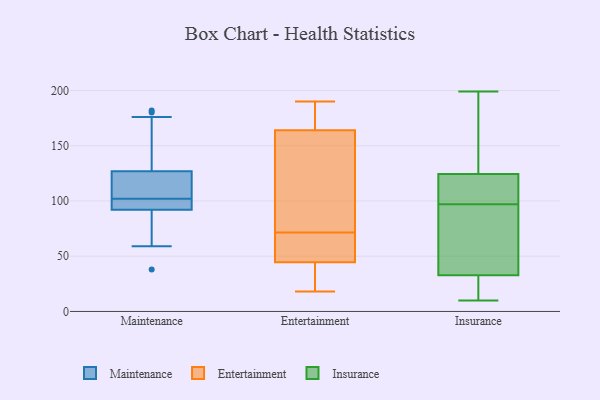
{"axis": {"x": "Churn Rate (%)", "y": "Value"}, "legend": ["Entertainment", "Insurance", "Maintenance"], "data": [{"x": "", "y": 96, "type": "Maintenance"}, {"x": "", "y": 180, "type": "Maintenance"}, {"x": "", "y": 100, "type": "Maintenance"}, {"x": "", "y": 121, "type": "Maintenance"}, {"x": "", "y": 113, "type": "Maintenance"}, {"x": "", "y": 82, "type": "Maintenance"}, {"x": "", "y": 107, "type": "Maintenance"}, {"x": "", "y": 73, "type": "Maintenance"}, {"x": "", "y": 59, "type": "Maintenance"}, {"x": "", "y": 182, "type": "Maintenance"}, {"x": "", "y": 95, "type": "Maintenance"}, {"x": "", "y": 92, "type": "Maintenance"}, {"x": "", "y": 104, "type": "Maintenance"}, {"x": "", "y": 99, "type": "Maintenance"}, {"x": "", "y": 38, "type": "Maintenance"}, {"x": "", "y": 127, "type": "Maintenance"}, {"x": "", "y": 176, "type": "Maintenance"}, {"x": "", "y": 146, "type": "Maintenance"}, {"x": "", "y": 190, "type": "Entertainment"}, {"x": "", "y": 59, "type": "Entertainment"}, {"x": "", "y": 18, "type": "Entertainment"}, {"x": "", "y": 190, "type": "Entertainment"}, {"x": "", "y": 151, "type": "Entertainment"}, {"x": "", "y": 24, "type": "Entertainment"}, {"x": "", "y": 58, "type": "Entertainment"}, {"x": "", "y": 168, "type": "Entertainment"}, {"x": "", "y": 49, "type": "Entertainment"}, {"x": "", "y": 53, "type": "Entertainment"}, {"x": "", "y": 160, "type": "Entertainment"}, {"x": "", "y": 185, "type": "Entertainment"}, {"x": "", "y": 40, "type": "Entertainment"}, {"x": "", "y": 39, "type": "Entertainment"}, {"x": "", "y": 99, "type": "Entertainment"}, {"x": "", "y": 84, "type": "Entertainment"}, {"x": "", "y": 97, "type": "Insurance"}, {"x": "", "y": 199, "type": "Insurance"}, {"x": "", "y": 111, "type": "Insurance"}, {"x": "", "y": 84, "type": "Insurance"}, {"x": "", "y": 10, "type": "Insurance"}, {"x": "", "y": 111, "type": "Insurance"}, {"x": "", "y": 35, "type": "Insurance"}, {"x": "", "y": 86, "type": "Insurance"}, {"x": "", "y": 26, "type": "Insurance"}, {"x": "", "y": 58, "type": "Insurance"}, {"x": "", "y": 162, "type": "Insurance"}, {"x": "", "y": 154, "type": "Insurance"}, {"x": "", "y": 104, "type": "Insurance"}, {"x": "", "y": 143, "type": "Insurance"}, {"x": "", "y": 129, "type": "Insurance"}, {"x": "", "y": 32, "type": "Insurance"}, {"x": "", "y": 32, "type": "Insurance"}, {"x": "", "y": 22, "type": "Insurance"}, {"x": "", "y": 97, "type": "Insurance"}]}